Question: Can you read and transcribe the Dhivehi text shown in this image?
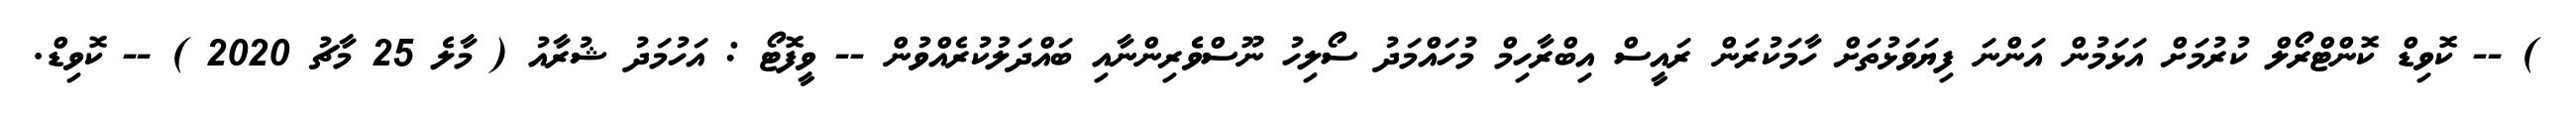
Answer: ) -- ކޮވިޑް ކޮންޓްރޯލް ކުރުމަށް އަޅަމުން އަންނަ ފިޔަވަޅުތަށް ހާމަކުރަން ރައީސް އިބްރާހިމް މުހައްމަދު ސޯލިހު ނޫސްވެެރިންނާއި ބައްދަލުކުރެއްވުން -- ވީފޮޓޯ : އަހުމަދު ޝުރާއު ( މާލެ 25 މާޗު 2020 ) -- ކޮވިޑް.